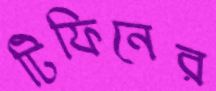
টিফিনের